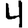
Digit: 4